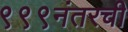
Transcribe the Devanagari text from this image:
९९९नंतरची